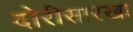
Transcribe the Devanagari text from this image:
दोरीसारखा